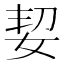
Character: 㛃